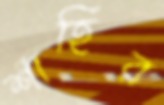
শাহির